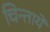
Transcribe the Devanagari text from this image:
चिन्तायें